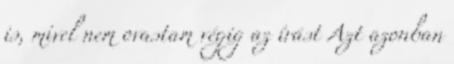
is, mivel nem ovastam végig az írást Azt azonban